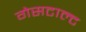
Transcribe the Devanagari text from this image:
गेसटाल्ट